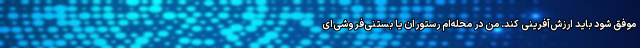
موفق شود باید ارزش‌آفرینی کند. من در محله‌ام رستوران یا بستنی‌فروشی‌ای